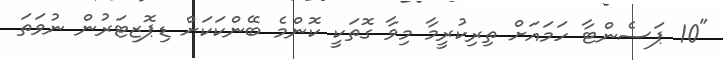
"10 ޕަސެންޓާ ހަމައަށް ތިރިކުރީމާ މިވާ ގޮތަކީ ކޮންމެ ބޭންކަކަށް ޑިޕޮޒިޓަރުން ނުވަތަ